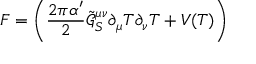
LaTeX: F = \left( \frac { 2 \pi \alpha ^ { \prime } } { 2 } \tilde { \mathcal { G } } _ { S } ^ { \mu \nu } \partial _ { \mu } T \partial _ { \nu } T + V ( T ) \right)